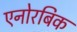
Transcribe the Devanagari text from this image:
एनोरबिक